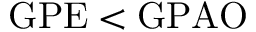
\mathrm { G P E } < \mathrm { G P A O }